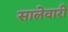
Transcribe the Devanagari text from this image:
सालेवारी